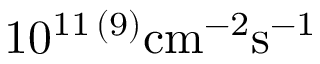
1 0 ^ { 1 1 \, ( 9 ) } \mathrm { { c m } ^ { - 2 } \mathrm { { s } ^ { - 1 } } }